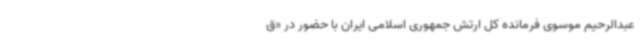
عبدالرحیم موسوی فرمانده کل ارتش جمهوری اسلامی ایران با حضور در «ق